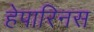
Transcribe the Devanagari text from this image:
हेपारिनस